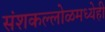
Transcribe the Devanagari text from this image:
संशकल्लोळमध्येही